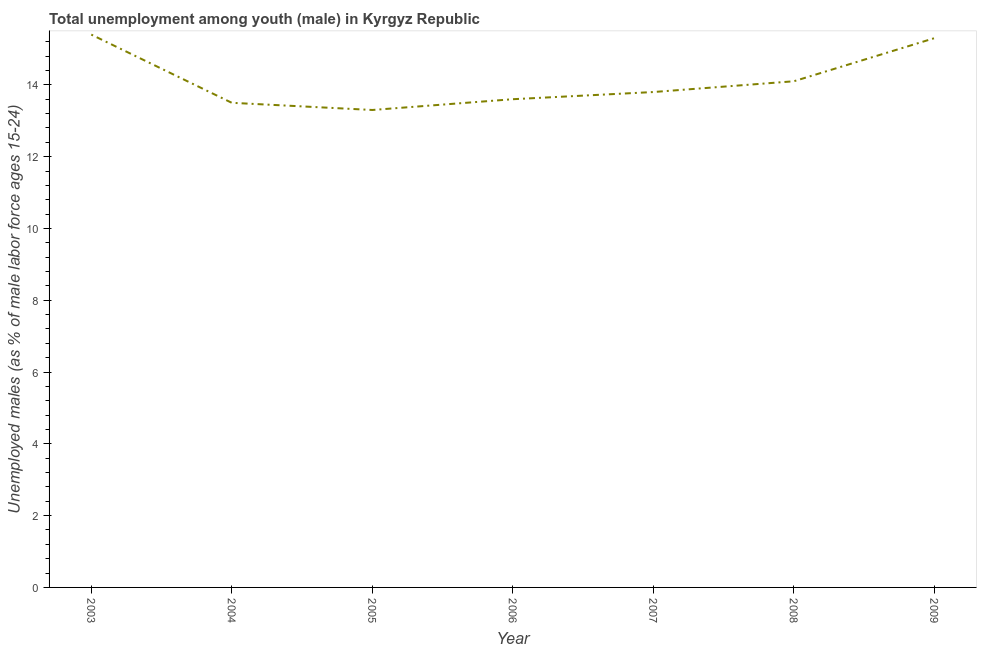
| Year | Unemployment |
 | --- | --- |
 | 2003 | 15.4 |
 | 2004 | 13.5 |
 | 2005 | 13.3 |
 | 2006 | 13.6 |
 | 2007 | 13.8 |
 | 2008 | 14.1 |
 | 2009 | 15.3 |